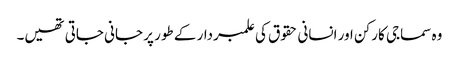
وہ سماجی کارکن اور انسانی حقوق کی علمبردار کے طور پر جانی جاتی تھیں۔